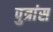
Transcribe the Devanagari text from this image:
पुत्रांस